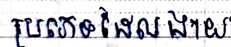
ប្រភេទដែលងាយ